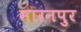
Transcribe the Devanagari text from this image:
मारनपुर